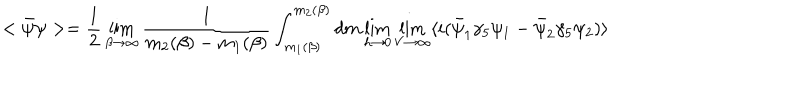
< \bar { \psi } \psi > = { \frac { 1 } { 2 } } \lim _ { \beta \rightarrow \infty } { \frac { 1 } { m _ { 2 } ( \beta ) - m _ { 1 } ( \beta ) } } \int _ { m _ { 1 } ( \beta ) } ^ { m _ { 2 } ( \beta ) } d m \lim _ { h \rightarrow 0 } \lim _ { V \rightarrow \infty } \langle i ( \bar { \psi } _ { 1 } \gamma _ { 5 } \psi _ { 1 } - \bar { \psi } _ { 2 } \gamma _ { 5 } \psi _ { 2 } ) \rangle